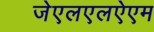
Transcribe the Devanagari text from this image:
जेएलएलऐएम